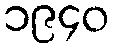
၁၉၄၀